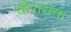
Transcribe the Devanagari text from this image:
चौरासता